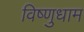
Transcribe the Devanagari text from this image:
विष्णुधाम